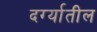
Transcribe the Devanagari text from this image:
दर्ग्यातील